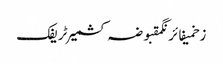
زخمیفائرنگمقبوضہ کشمیرٹریفک